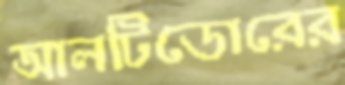
আলটিডোরের